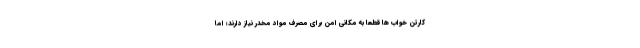
کارتن خواب ها قطعا به مکانی امن برای مصرف مواد مخدر نیاز دارند؛ اما